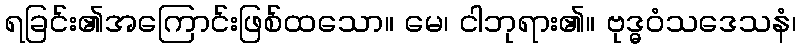
ရခြင်း၏အကြောင်းဖြစ်ထသော။ မေ၊ ငါဘုရား၏။ ဗုဒ္ဓဝံသဒေသနံ၊